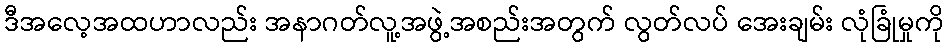
ဒီအလေ့အထဟာလည်း အနာဂတ်လူ့အဖွဲ့အစည်းအတွက် လွတ်လပ် အေးချမ်း လုံခြုံမှုကို